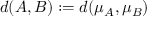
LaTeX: d ( A , B ) : = d ( \mu _ { A } , \mu _ { B } )